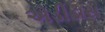
એડીડાસ